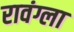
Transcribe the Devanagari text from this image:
रावंग्ला